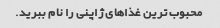
محبوب ترین غذاهای ژاپنی را نام ببرید.